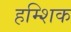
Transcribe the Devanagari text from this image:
हम्शिक